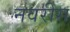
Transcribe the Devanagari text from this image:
नवरीस